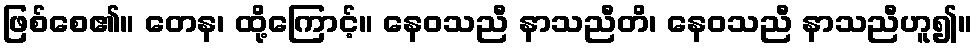
ဖြစ်စေ၏။ တေန၊ ထို့ကြောင့်။ နေဝသညီ နာသညီတိ၊ နေဝသညီ နာသညီဟူ၍။